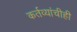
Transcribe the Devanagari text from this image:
कर्तव्यांचीही